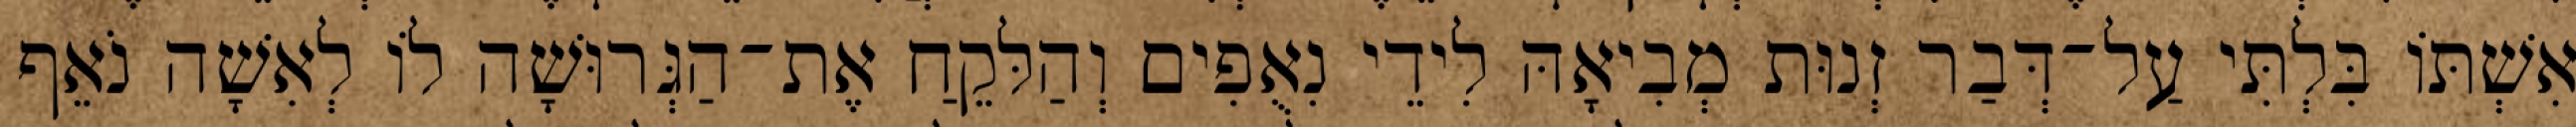
אִשְׁתּוֹ בִּלְתִּי עַל־דְּבַר זְנוּת מְבִיאָהּ לִידֵי נִאֻפִים וְהַלּקֵחַ אֶת־הַגְּרוּשָׁה לוֹ לְאִשָׁה נֹאֵף